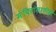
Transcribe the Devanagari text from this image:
मंदिरांसाठीही